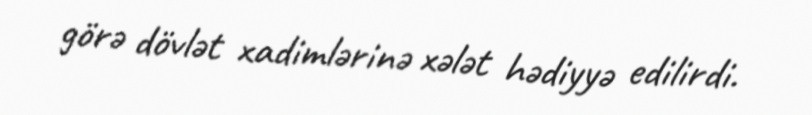
görə dövlət xadimlərinə xələt hədiyyə edilirdi.